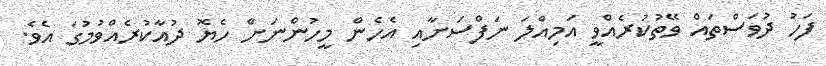
ފަހު ދުވަސްތައް ވޭތުކުރެއްވީ އަމިއްލަ ނަފްސަށާއި އެހެން މީހުންނަށް ހެޔޮ ދުއާކުރެއްވުމުގަ އެވެ.